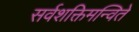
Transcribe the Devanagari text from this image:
सर्वशक्तिमन्विते